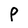
Character: P